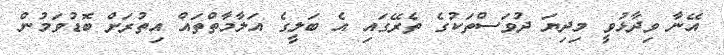
އޭނާ ވިދާޅުވީ މިދިޔަ ދުވަސްތަކުގެ ތެރޭގައި އެ ބަލީގެ އަލާމާތްތައް އިތުރަށް ބޮޑުވަމުން